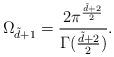
LaTeX: \begin{align*}\Omega_{\tilde d + 1} = {2 \pi^{{\tilde d+2 \over 2}} \over\Gamma({\tilde d+2 \over 2})}.\end{align*}